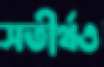
সতীর্থও